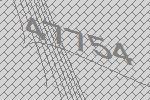
47754